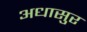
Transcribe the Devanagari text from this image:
अधासुर